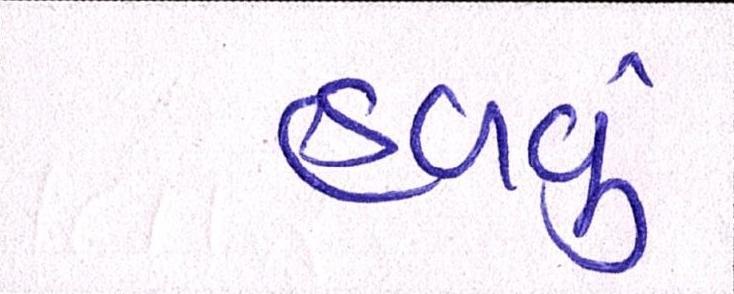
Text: હળવું